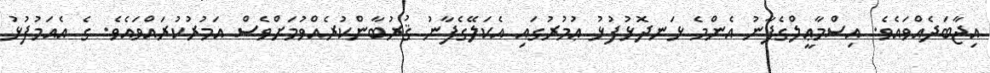
އިޖާބަދެއްވައެވެ. އިސްމާޢީލްގެފާނު އެންމެ ޅަނދޮޅުފުޅު ޢުމުރުގައި އެކަލޭގެފާނު ޤުރުބާންކުރެއްވުމަށްވެސް އަމުރުކުރައްވައެވެ. ގެ އެއަމުުފުޅު